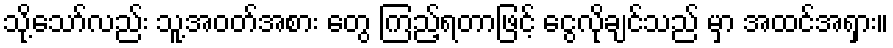
သို့သော်လည်း သူ့အဝတ်အစား တွေ ကြည့်ရတာဖြင့် ငွေလိုချင်သည် မှာ အထင်အရှား။